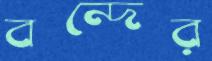
বন্দের